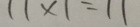
1 1 \times 1 = 1 1